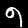
Label: 9